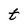
Character: t